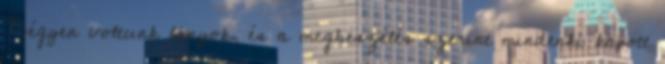
Négyen voltunk lányok, és a megbeszélés szerint mindenki kapott